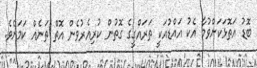
ބޮޑު އަތޮޅަކަށްވުމާ އެކު އައްޑުއަކީ ތަރައްގީގެ ގޮތުން ކުރިއެރުވެން އޮތް ތަނެއް ކަމަށެވެ.